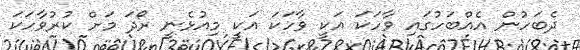
ދެބަހުން އެއްބަހުގައި ވާހަކަ އަކީ ވާހަކަ އަކީ މިއުޅެނީ ރޯދަ މަށް ކުރުވާހަކަ